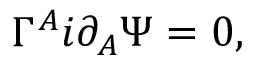
\Gamma ^ { A } i \partial _ { A } \Psi = 0 ,